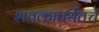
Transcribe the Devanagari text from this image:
शतकापर्यंतचे